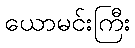
ယောမင်းကြီး